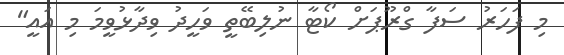
މި ފަހަރު ސަފާ ގްރޫޕަށް ކޯޓާ ނުލިބޭތީ ވަހީދު ވިދާޅުވީމަ މި އައީ"